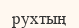
рухтың